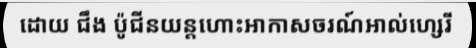
ដោយ ជឹង ប៉ូជីនយន្តហោះអាកាសចរណ៍អាល់ហ្សេរី